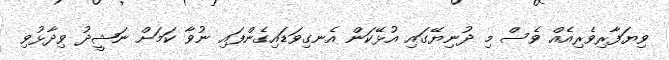
ވިޔަފާރިވެރިއެއް ވެސް މި ދުނިޔޭގައި އުޅޭކަން އެނގިވަޑައިގެންފައި ނުވާ ކަމަށް ނަޝީދު ވިދާޅުވި